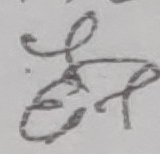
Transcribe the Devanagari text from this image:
इत्यादि